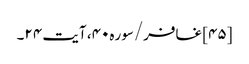
[۴۵] غافر/سوره۴۰، آیت ۲۴۔